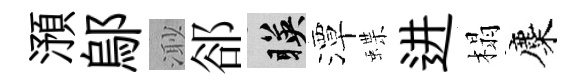
澦鄔𣺌郤暎潭蝶进榻麋